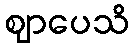
ဈာပေသိ